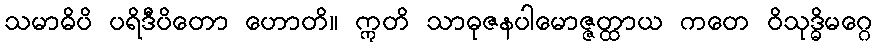
သမာဓိပိ ပရိဒီပိတော ဟောတိ။ ဣတိ သာဓုဇနပါမောဇ္ဇတ္ထာယ ကတေ ဝိသုဒ္ဓိမဂ္ဂေ